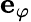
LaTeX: {\mathbf e}_{\varphi}